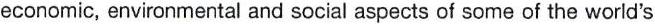
economic, environmental and social aspects of some of the world's